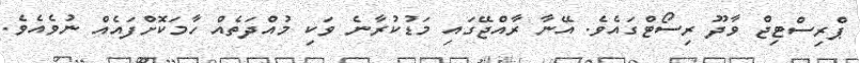
ޕްރިސްޓިޖް ވާދޫ ރިސޯޓްގައެވެ. އޭނާ ރާއްޖޭގައި މަޑުކުރާނެ ވަކި މުއްދަތެއް ހާމަކޮށްފައެއް ނުވެއެވެ.